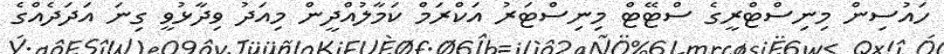
ހައުސިން މިނިސްޓްރީގެ ސްޓޭޓް މިނިސްޓަރު އަކްރަމް ކަމާލުއްދީން މިއަދު ވިދާޅުވީ ގިނަ އަދަދެއްގެ